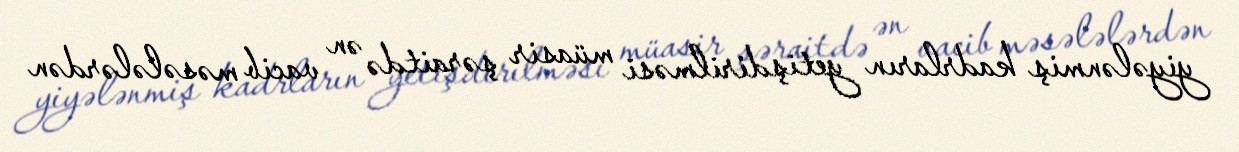
yiyələnmiş kadrların yetişdirilməsi müasir şəraitdə ən vacib məsələlərdən